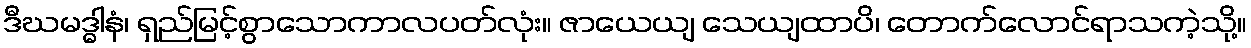
ဒီဃမဒ္ဓါနံ၊ ရှည်မြင့်စွာသောကာလပတ်လုံး။ ဇာယေယျ သေယျထာပိ၊ တောက်လောင်ရာသကဲ့သို့။